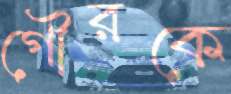
গৌরকে